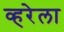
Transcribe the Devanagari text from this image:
व्हरेला